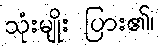
သုံးမျိုး ပြား၏၊